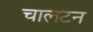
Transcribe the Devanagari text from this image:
चालटन